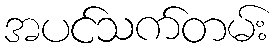
အပင်သက်တမ်း